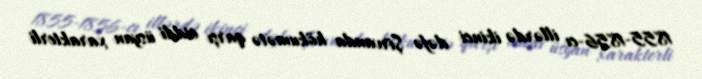
1855-1856-cı illərdə ikinci dəfə Şirvanda hökumətə qarşı ciddi üsyan xarakterli